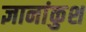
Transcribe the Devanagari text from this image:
ज्ञानांकुश